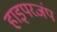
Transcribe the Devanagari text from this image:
हाइपरजंप